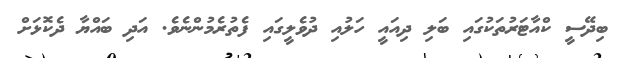
ބިދޭސީ ކްއާޓަރުތަކުގައި ބަލި ދިއައީ ހަލުއި ދުވެލީގައި ފެތުރެމުންނެވެ. އަދި ބައްޔާ ދެކޮޅަށް